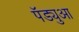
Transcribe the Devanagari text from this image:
पॅड्युआ